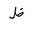
Letter: _za